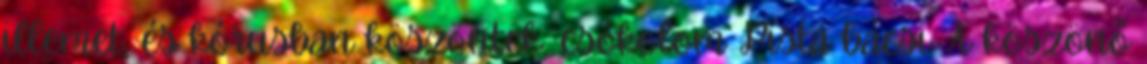
illemet, és kórusban köszöntek, csókolom Pista bácsi. A köszönő